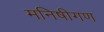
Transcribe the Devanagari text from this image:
मनिषीगण